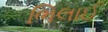
ભિલાઈ